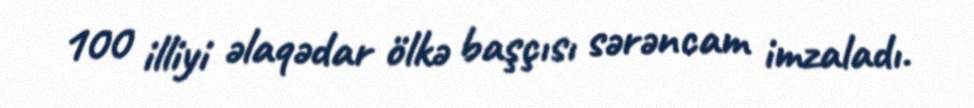
100 illiyi əlaqədar ölkə başçısı sərəncam imzaladı.